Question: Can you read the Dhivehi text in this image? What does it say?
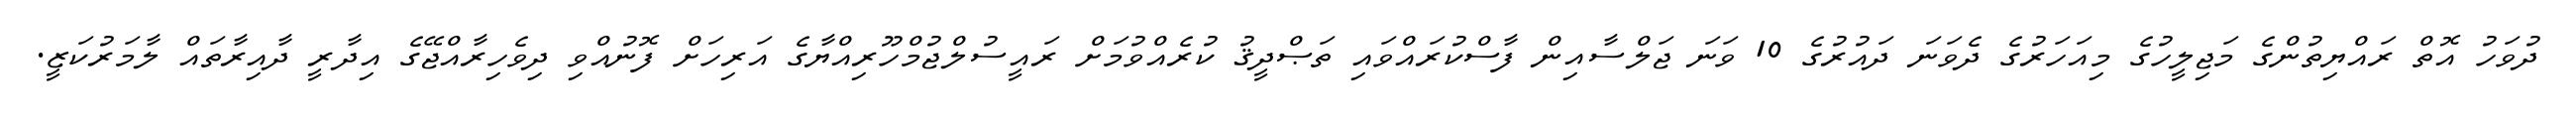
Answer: ދުވަހު އޮތް ރައްޔިތުންގެ މަޖިލީހުގެ މިއަހަރުގެ ދެވަނަ ދައުރުގެ 10 ވަނަ ޖަލްސާއިން ފާސްކުރައްވައި ތަޞްދީޤު ކުރެއްވުމަށް ރައީސުލްޖުމްހޫރިއްޔާގެ އަރިހަށް ފޮނުއްވި ދިވެހިރާއްޖޭގެ އިދާރީ ދާއިރާތައް ލާމަރުކަޒީ.